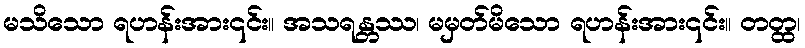
မသိသော ရဟန်းအား၎င်း။ အသရန္တဿ၊ မမှတ်မိသော ရဟန်းအား၎င်း။ တတ္ထ၊